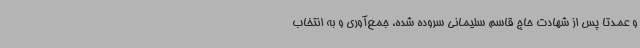
و عمدتا پس از شهادت حاج قاسم سلیمانی سروده شده، جمع‌آوری و به انتخاب